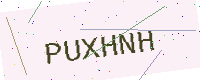
Text: PUXHNH